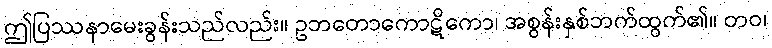
ဤပြဿနာမေးခွန်းသည်လည်း။ ဥဘတောကောဋိကော၊ အစွန်းနှစ်ဘက်ထွက်၏။ တဝ၊